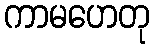
ကာမဟေတု